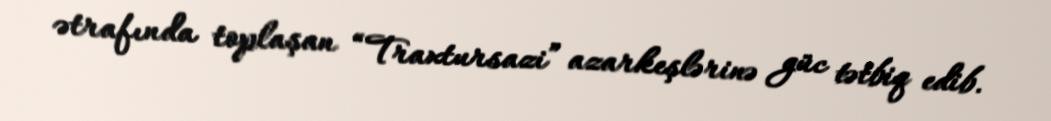
ətrafında toplaşan “Traxtursazi” azarkeşlərinə güc tətbiq edib.